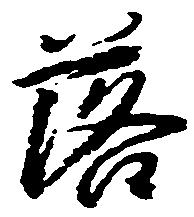
落